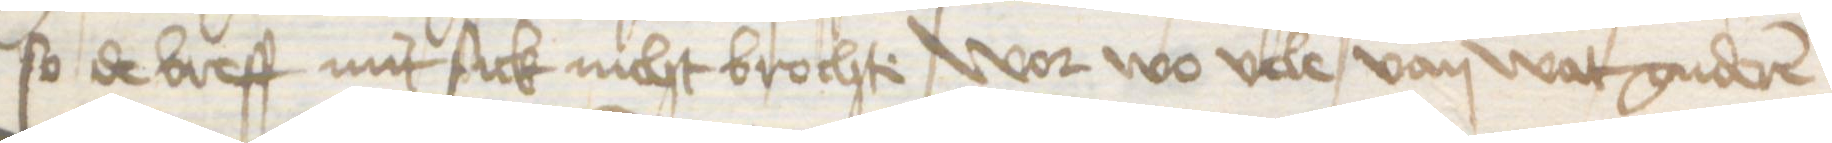
so de breff mit sick nicht brochte wor wo vele van wat guderen